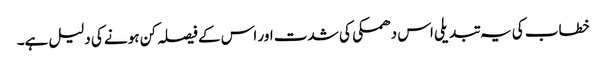
خطاب کی یہ تبدیلی اس دھمکی کی شدت اور اس کے فیصلہ کن ہونے کی دلیل ہے۔